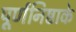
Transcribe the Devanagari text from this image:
पूर्णनिष्ठाके